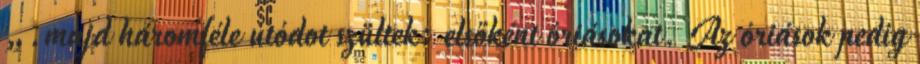
„.majd háromféle utódot szültek: elsőként óriásokat. Az óriások pedig